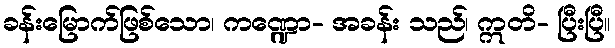
ခန်းမြောက်ဖြစ်သော၊ ကဏ္ဍော- အခန်း သည်၊ ဣတိ- ပြီးပြီ။